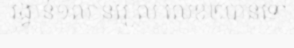
រង្វាន់១លានរៀល លេខ២បានទៅ